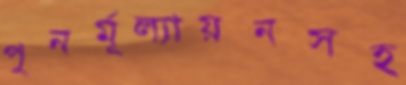
পুনর্মূল্যায়নসহ